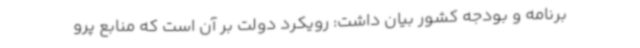
برنامه و بودجه کشور بیان داشت: رویکرد دولت بر آن است که منابع پرو